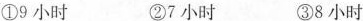
①9 小时 ②7 小时 ③8 小时